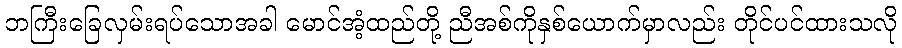
ဘကြီးခြေလှမ်းရပ်သောအခါ မောင်အံ့ထည်တို့ ညီအစ်ကိုနှစ်ယောက်မှာလည်း တိုင်ပင်ထားသလို